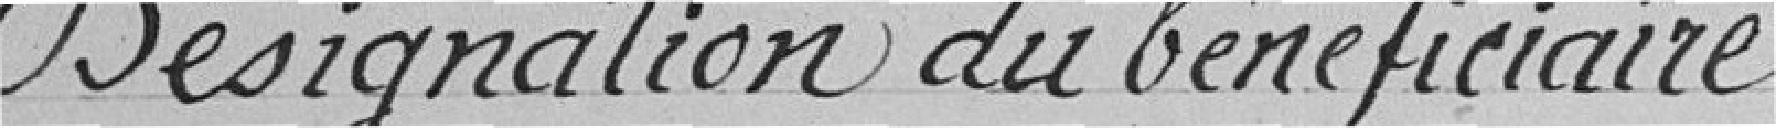
Désignation du bénéficiaire